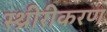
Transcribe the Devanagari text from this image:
स्थ्रीरीकरण